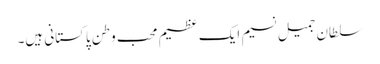
سلطان جمیل نسیم ایک عظیم محب وطن پاکستانی ہیں۔